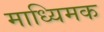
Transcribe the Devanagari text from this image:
माध्यिमक